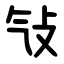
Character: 㪂